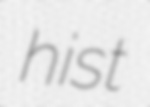
hist